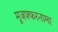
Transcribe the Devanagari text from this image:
मुजफ्फरनामा